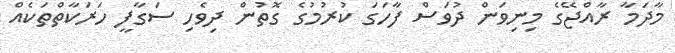
މާދަމާ ރާއްޖޭގެ މިނިވަން ދުވަސް ފާހަގަ ކުރުމުގެ ގޮތުން ދިވެހި ސަގާފީ ހަރަކާތްތަކެއް